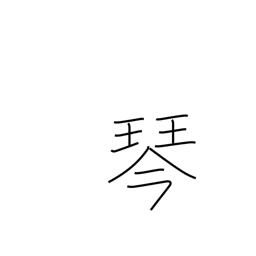
Meaning: koto